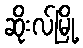
ဆိုးလ်မြို့